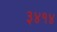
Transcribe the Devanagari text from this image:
३४१४